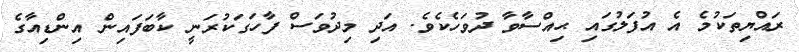
ރައްޔިތަކުމެ އެ އުފަލުގައި ޙިއްސާވާ ދުވަހެކެވެ. އަދި މިދުވަސް ފާހަގަކުރަނީ ކާބަފައިން އިންޑިއާގެ